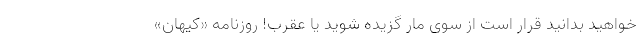
خواهید بدانید قرار است از سوی مار گزیده شوید یا عقرب! روزنامه «کیهان»